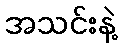
အသင်းနဲ့